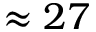
\approx 2 7